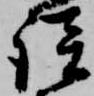
談